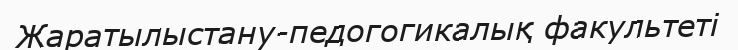
Жаратылыстану-педогогикалық факультеті